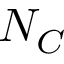
N _ { C }